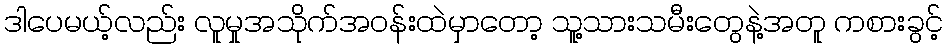
ဒါပေမယ့်လည်း လူမှုအသိုက်အဝန်းထဲမှာတော့ သူ့သားသမီးတွေနဲ့အတူ ကစားခွင့်